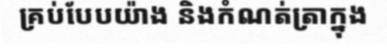
គ្រប់បែបយ៉ាង និងកំណត់ត្រាក្នុង